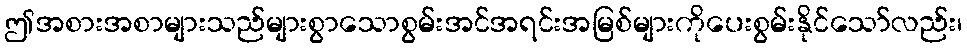
ဤအစားအစာများသည်များစွာသောစွမ်းအင်အရင်းအမြစ်များကိုပေးစွမ်းနိုင်သော်လည်း၊